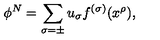
\phi ^ { N } = \sum _ { \sigma = \pm } u _ { \sigma } f ^ { ( \sigma ) } ( x ^ { \rho } ) ,